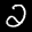
Label: 2